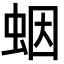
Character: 𧊭